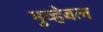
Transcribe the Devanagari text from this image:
मुव्हेबल